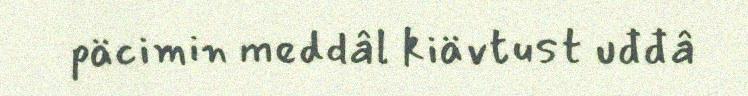
päcimin meddâl kiävtust uđđâ